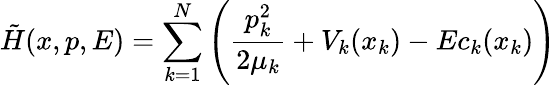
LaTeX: \tilde{H}(x,p,E)=\sum_{k=1}^{N}\left(\frac{p_{k}^{2}}{2\mu_{k}}+V_{k}(x_{k})-Ec_{k}(x_{k})\right)